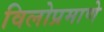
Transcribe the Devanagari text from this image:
विलोप्रमाणे